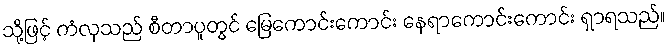
သို့ဖြင့် ကံလှသည် စီတာပူတွင် မြေကောင်းကောင်း နေရာကောင်းကောင်း ရှာရသည်။